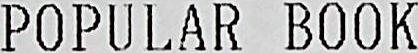
POPULAR BOOK